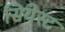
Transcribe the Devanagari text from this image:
सियेस्ट